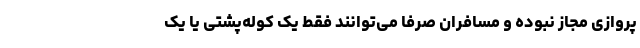
پروازی مجاز نبوده و مسافران صرفاً می‌توانند فقط یک کوله‌پشتی یا یک